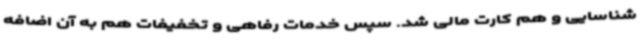
شناسایی و هم کارت مالی شد. سپس خدمات رفاهی و تخفیفات هم به آن اضافه